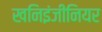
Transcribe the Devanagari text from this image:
खनिइंजीनियर